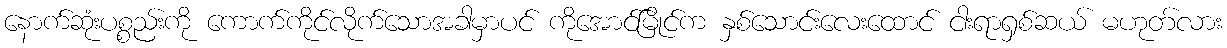
နောက်ဆုံးပစ္စည်းကို ကောက်ကိုင်လိုက်သောအခါမှာပင် ကိုအောင်မြိုင်က နှစ်သောင်းလေးထောင် ငါးရာရှစ်ဆယ် မဟုတ်လား